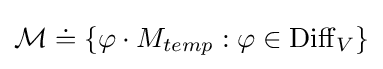
{\mathcal {M}}\doteq \{\varphi \cdot M_{temp}:\varphi \in \operatorname {Diff} _{V}\}